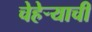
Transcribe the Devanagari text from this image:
चेहेऱ्याची